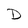
Character: D